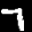
Label: 7